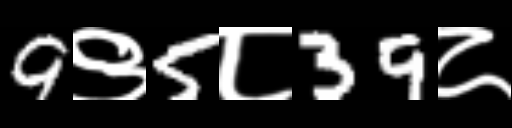
Text: 9९5८39८